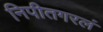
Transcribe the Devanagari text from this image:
निपीतगरलं